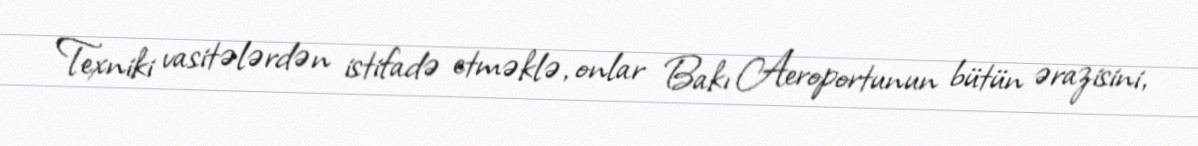
Texniki vasitələrdən istifadə etməklə, onlar Bakı Aeroportunun bütün ərazisini,